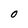
Character: 0